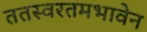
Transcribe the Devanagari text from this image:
ततस्वरतमभावेन